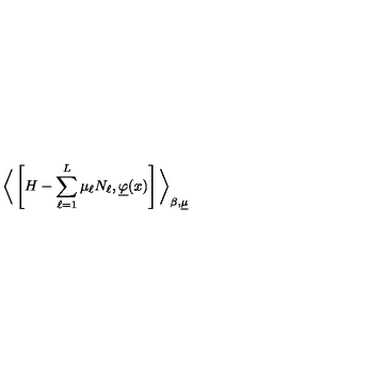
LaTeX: \bigg \langle \left[ H - \sum _ { \ell = 1 } ^ { L } \mu _ { \ell } N _ { \ell } , \underline { { \varphi } } ( x ) \right] \bigg \rangle _ { \beta , \underline { { \mu } } }